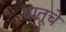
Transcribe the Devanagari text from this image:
घातूचे